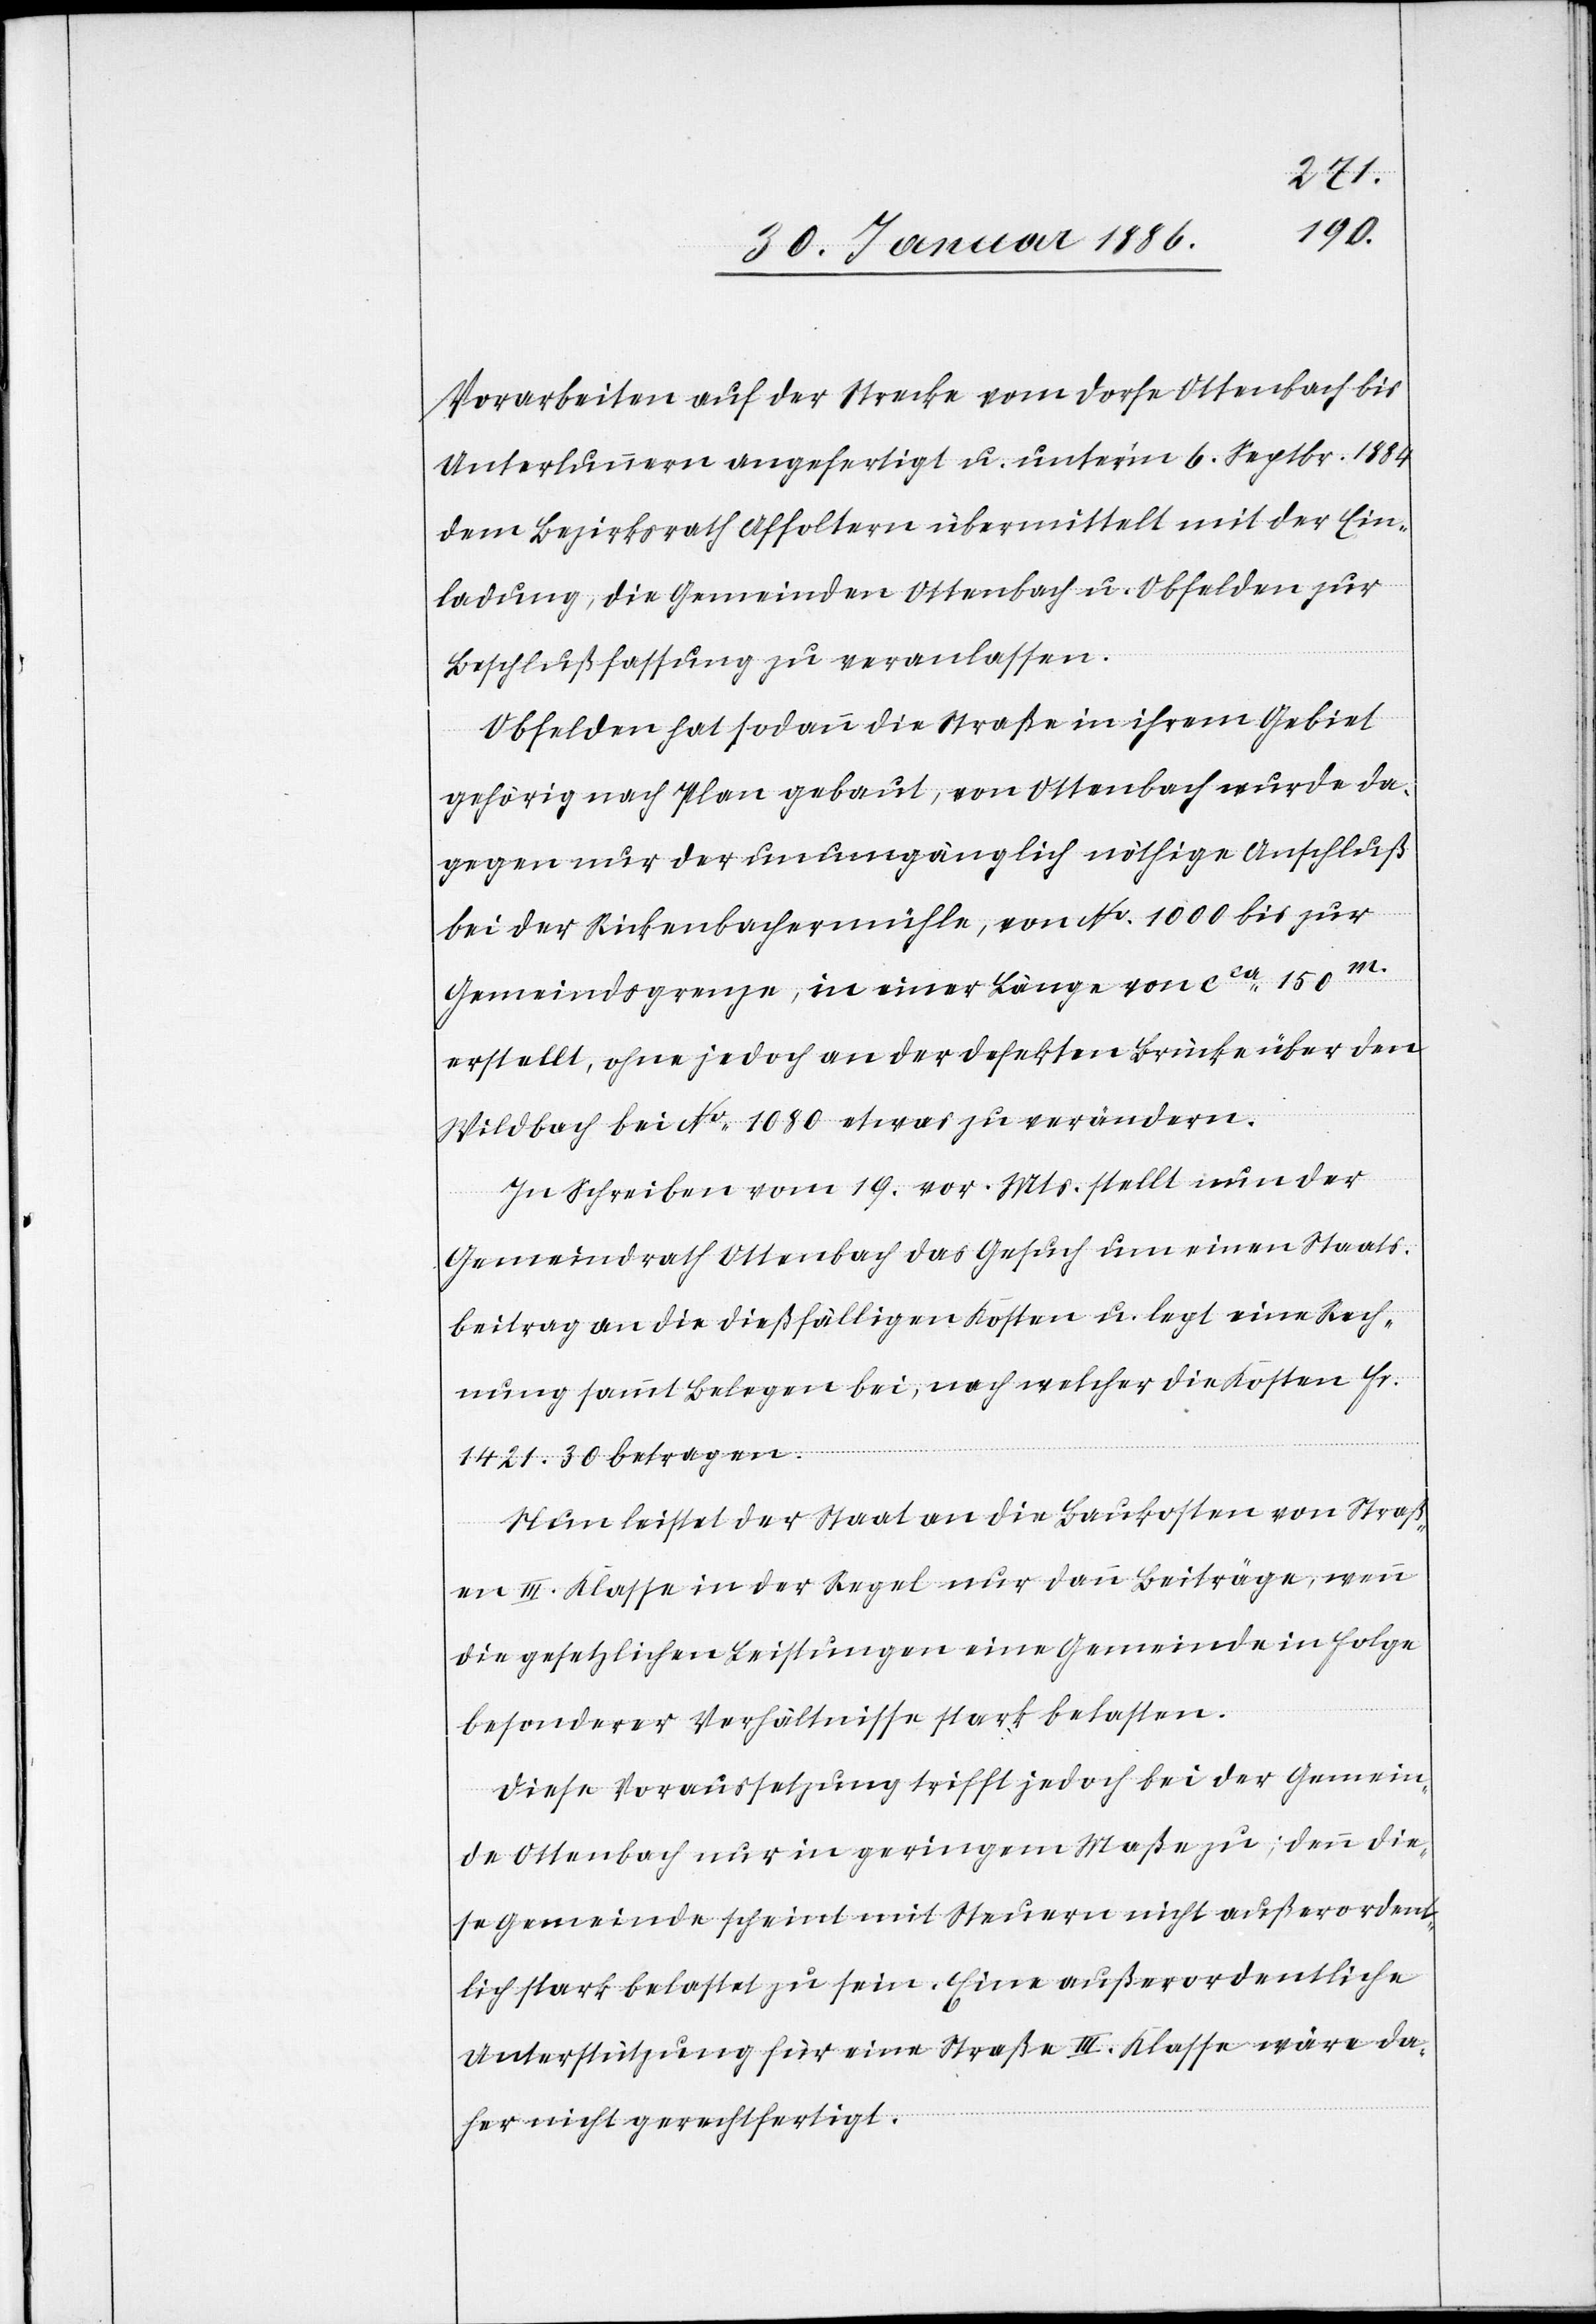
Vorarbeiten auf der Strecke vom Dorfe Ottenbach bis
Unterlunnern angefertigt u. unterm 6. Septbr. 1884
dem Bezirksrath Affoltern übermittelt mit der Ein¬
ladung, die Gemeinden Ottenbach u. Obfelden zur
Beschlußfassung zu veranlassen.
Obfelden hat sodann die Straße in ihrem Gebiet
gehörig nach Plan gebaut, von Ottenbach wurde da¬
gegen nur der unumgänglich nöthige Anschluß
bei der Rickenbachermühle, von No. 1000 bis zur
Gemeindsgrenze, in einer Länge von cca 150m.
erstellt, ohne jedoch an der defekten Brücke über den
Wildbach bei No. 1080 etwas zu verändern.
In Schreiben vom 19. vor. Mts. stellt nun der
Gemeindrath Ottenbach das Gesuch um einen Staats¬
beitrag an die dießfälligen Kosten u. legt eine Rech¬
nung sammt Belegen bei, nach welcher die Kosten Fr.
1421 30 betragen.
Nun leistet der Staat an die Baukosten von Straß¬
en III. Klasse in der Regel nur dann Beiträge, wenn
die gesetzlichen Bestimmungen eine Gemeinde in Folge
besonderer Verhältnisse stark belasten.
Diese Voraussetzung trifft jedoch bei der Gemein¬
de Ottenbach nur in geringem Maße zu; denn die¬
se Gemeinde scheint mit Steuern nicht außerordent¬
lich stark belastet zu sein. Eine außerordentliche
Unterstützung für eine Straße III. Klasse wäre daher